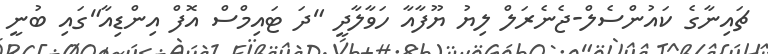
ޗައިނާގެ ކައުންސެލް-ޖެނެރަލް ލިޔު ޔޫފާއާ ހަވާލާދީ "ދަ ޓައިމްސް އޮފް އިންޑިއާ"ގައި ބުނީ